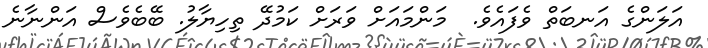
އަލަންގެ އަނބަތް ވެފައެވެ.  މަންމައަށް ވަރަށް ކަމުދޭ ތިހިޔާލު. ބޭބެވެސް އަންނާނެ